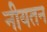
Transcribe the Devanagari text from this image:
नीयतन